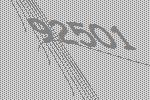
92501